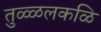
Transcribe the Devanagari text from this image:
तुळ्ळलकळि